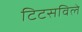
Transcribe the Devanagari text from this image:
टिटसविले